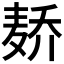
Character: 𱋑